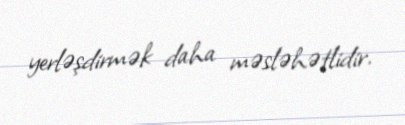
yerləşdirmək daha məsləhətlidir.